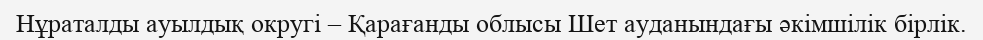
Нұраталды ауылдық округі – Қарағанды облысы Шет ауданындағы әкімшілік бірлік.